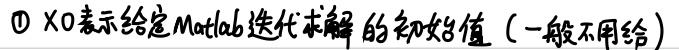
\textcircled{1} $X0$表示给定Matlab迭代求解的初始值（一般不用给）